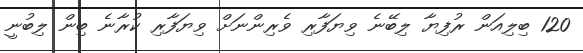
120 ބިލިއަން ރުފިޔާ ލިބޭނެ ވިޔަފާރި ވެރިންނަށް ވިޔަފާރި ކުރާނެ ބިން ލިބުނީ